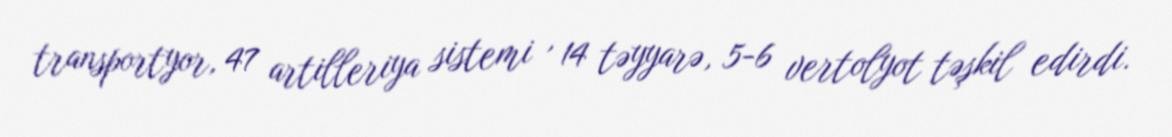
transportyor, 47 artilleriya sistemi , 14 təyyarə, 5-6 vertolyot təşkil edirdi.